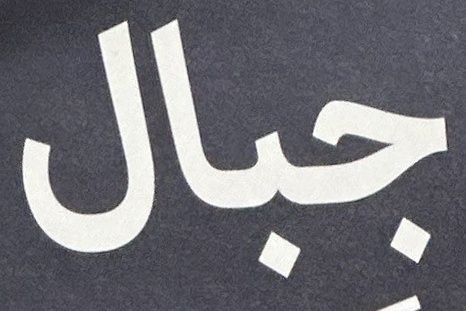
جبال